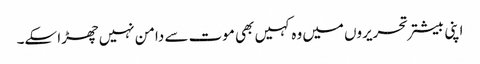
اپنی بیشتر تحریروں میں وہ کہیں بھی موت سے دامن نہیں چھڑا سکے۔